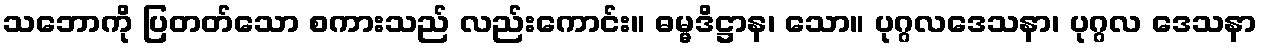
သဘောကို ပြတတ်သော စကားသည် လည်းကောင်း။ ဓမ္မဒိဋ္ဌာန၊ သော။ ပုဂ္ဂလဒေသနာ၊ ပုဂ္ဂလ ဒေသနာ